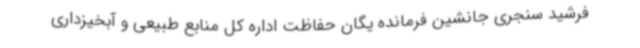
فرشید سنجری جانشین فرمانده یگان حفاظت اداره کل منابع طبیعی و آبخیزداری